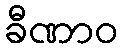
ခီဏာဝ